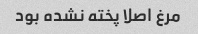
مرغ اصلا پخته نشده بود